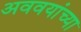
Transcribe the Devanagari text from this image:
अववयांच्या